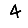
Digit: 4